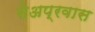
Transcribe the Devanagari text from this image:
सेअप्रवास